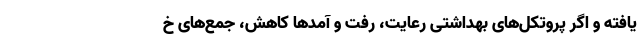
یافته و اگر پروتکل‌های بهداشتی رعایت، رفت و آمدها کاهش، جمع‌های خ